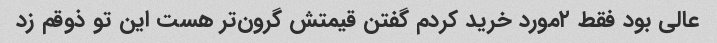
عالی بود فقط ٢مورد خرید کردم گفتن قیمتش گرون‌تر هست این تو ذوقم زد